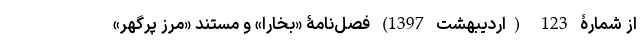
از شمارۀ 123 (اردیبهشت 1397) فصل‌نامۀ «بخارا» و مستند «مرز پُرگهر»